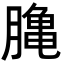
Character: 𪚲